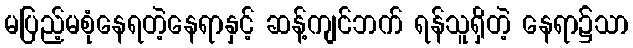
မပြည့်မစုံနေရတဲ့နေရာနှင့် ဆန့်ကျင်ဘက် ရန်သူရှိတဲ့ နေရာ၌သာ